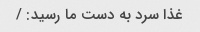
غذا سرد به دست ما رسید: /